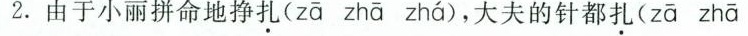
2.由于小丽拼命地挣扎( zā zhā zhá )，大夫的针都扎( zā zhā zhá )偏了。